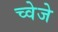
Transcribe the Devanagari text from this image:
च्वेजे